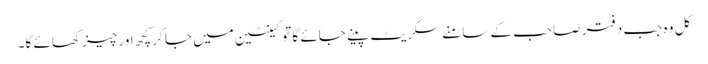
کل وہ جب دفتر صاحب کے سامنے سگریٹ پینے جائے گا تو کینٹین میں جا کر کچھ اور چیز کھائے گا۔